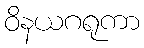
ဝိနယဂရုကာ